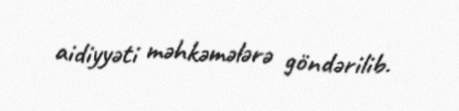
aidiyyəti məhkəmələrə göndərilib.